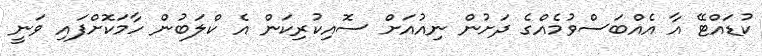
ކުޑައްޓޭ އާ އެއްބަސްވުމެއްގެ ދަށުން ނިއުއަށް ސޮއިކުރިކަން އެ ކްލަބުން ހާމަކޮށްފައި ވަނީ